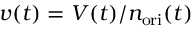
v ( t ) = V ( t ) / n _ { \mathrm { o r i } } ( t )